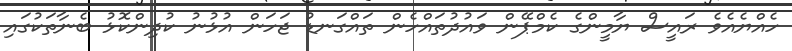
ހެއްޔެއެވެ ރައީސް ޔާމީންގެ ކެމްޕޭން ވައުދުތައްހެން ތައްގަނޑު ޖަހަން އުޅުނު ކުދިންކޮޅު ބެނާތަކުގައި